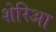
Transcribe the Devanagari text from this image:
शेरिआ